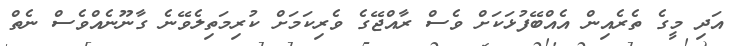
އަދި މީގެ ތެރެއިން އެއްބޭފުޅަކަށް ވެސް ރާއްޖޭގެ ވެރިކަމަށް ކުރިމަތިލެވޭނެ ގާނޫނެއްވެސް ނެތް